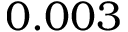
0 . 0 0 3